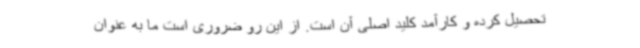
تحصیل کرده و کارآمد کلید اصلی آن است. از این رو ضروری است ما به عنوان